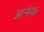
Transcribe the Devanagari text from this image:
अनंक